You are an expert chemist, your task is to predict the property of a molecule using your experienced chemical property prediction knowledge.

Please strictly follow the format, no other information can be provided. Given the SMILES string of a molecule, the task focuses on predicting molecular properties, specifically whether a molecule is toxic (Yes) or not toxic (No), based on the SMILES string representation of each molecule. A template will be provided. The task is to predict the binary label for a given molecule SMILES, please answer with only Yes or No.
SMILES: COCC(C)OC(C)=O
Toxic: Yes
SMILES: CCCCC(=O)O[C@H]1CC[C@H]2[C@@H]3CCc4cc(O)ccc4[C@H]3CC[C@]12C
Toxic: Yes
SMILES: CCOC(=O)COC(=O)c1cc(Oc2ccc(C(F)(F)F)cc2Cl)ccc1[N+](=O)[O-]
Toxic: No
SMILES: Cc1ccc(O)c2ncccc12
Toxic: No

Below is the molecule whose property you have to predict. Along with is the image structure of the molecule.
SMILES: ClC(Cl)c1ccccc1
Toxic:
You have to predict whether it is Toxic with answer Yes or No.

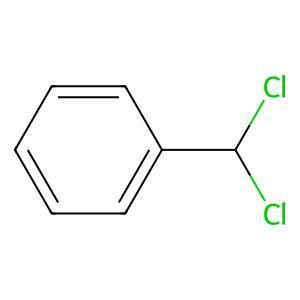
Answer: No